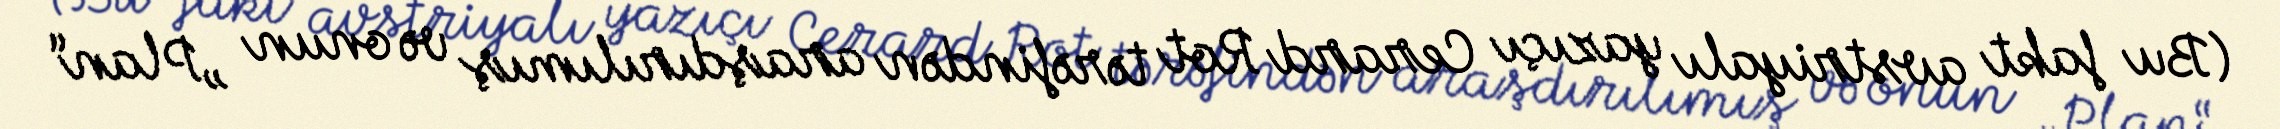
(Bu fakt avstriyalı yazıçı Cerard Rot tərəfindən araşdırılımış və onun „Plan“